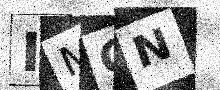
Text: IMQN